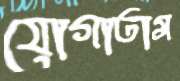
যোগাতাম